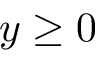
y \geq 0